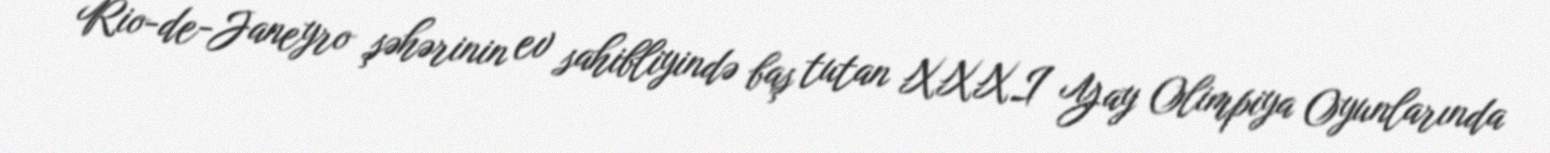
Rio-de-Janeyro şəhərinin ev sahibliyində baş tutan XXXI Yay Olimpiya Oyunlarında